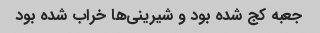
جعبه کج شده بود و شیرینی‌ها خراب شده بود